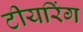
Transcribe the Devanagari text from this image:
टीयरिंग